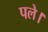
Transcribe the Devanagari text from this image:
पले।